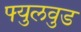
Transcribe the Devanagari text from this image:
फ्युलवुड